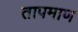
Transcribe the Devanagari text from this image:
तापमाण